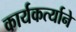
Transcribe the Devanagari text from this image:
कार्यकर्त्याने